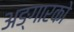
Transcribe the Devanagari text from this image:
अङ्गारको